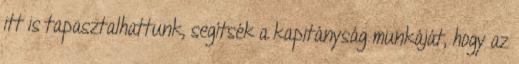
itt is tapasztalhattunk, segítsék a kapitányság munkáját, hogy az